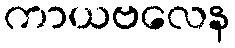
ကာယဗလေန